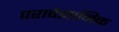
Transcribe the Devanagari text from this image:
परावैज्ञानिक